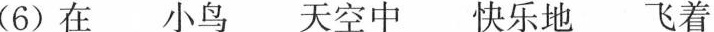
(6) 在 小鸟 天空中 快乐地 飞着